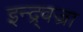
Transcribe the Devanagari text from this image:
इन्द्र्वज्रा